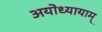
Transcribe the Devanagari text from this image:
अयोध्यायाम्